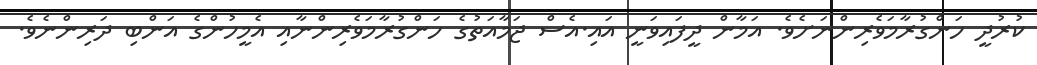
ކުރުދީ ހަންގުރާމަވެރިންނަށެވެ. އަމާން ދީފައިވަނީ އައި.އެސް ޖަމާއަތުގެ ހަންގުރާމަވެރިންނާއި އެމީހުންގެ އަންބި ދަރިންނެވެ.